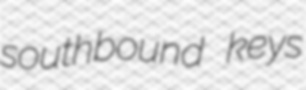
southbound keys